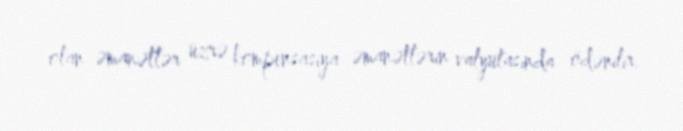
olan əmanətlər üzrə kompensasiya əmanətlərin valyutasında ödənilir.